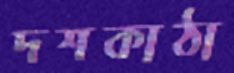
দশকাঠা